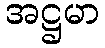
အဋ္ဌမာ